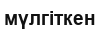
мүлгіткен